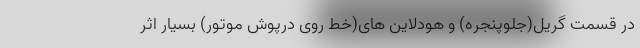
در قسمت گریل(جلوپنجره) و هودلاین های(خط روی درپوش موتور) بسیار اثر